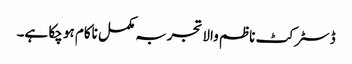
ڈسٹرکٹ ناظم والا تجربہ مکمل ناکام ہو چکا ہے۔